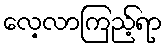
လေ့လာကြည့်ရာ